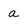
Character: a